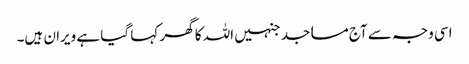
اسی وجہ سے آج مساجد جنہیں اللہ کا گھر کہا گیا ہے ویران ہیں۔